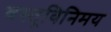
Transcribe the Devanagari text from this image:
वस्तूविनिमय